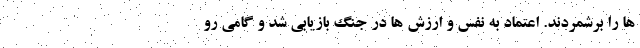
ها را برشمردند. اعتماد به نفس و ارزش ها در جنگ بازیابی شد و گامی رو